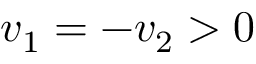
v _ { 1 } = - v _ { 2 } > 0